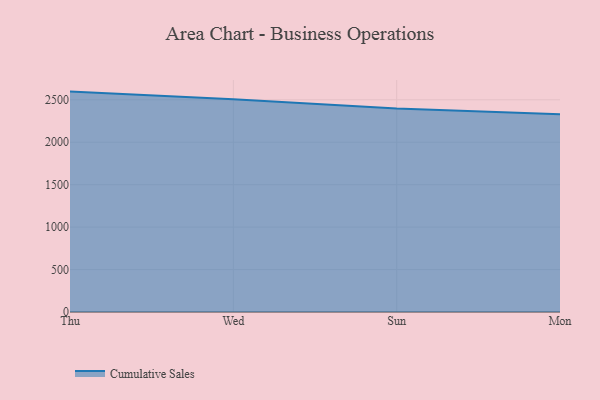
{"axis": {"x": "Day", "y": "Inventory Turnover"}, "legend": ["Cumulative Sales"], "data": [{"x": "Thu", "y": 2596.6, "type": "Cumulative Sales"}, {"x": "Wed", "y": 2507.8, "type": "Cumulative Sales"}, {"x": "Sun", "y": 2397.3, "type": "Cumulative Sales"}, {"x": "Mon", "y": 2330.1, "type": "Cumulative Sales"}]}